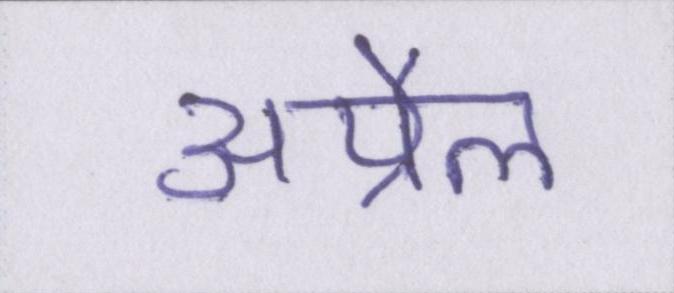
अप्रैल